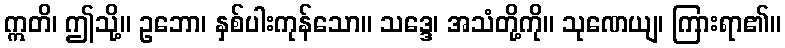
ဣတိ၊ ဤသို့။ ဥဘော၊ နှစ်ပါးကုန်သော။ သဒ္ဒေ၊ အသံတို့ကို။ သုဏေယျ၊ ကြားရာ၏။